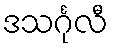
ဒသင်္ဂုလီ